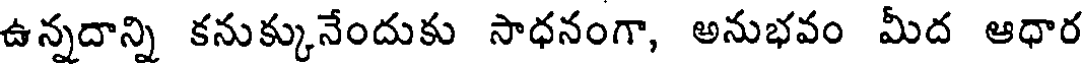
ఉన్నదాన్ని కనుక్కునేందుకు సాధనంగా, అనుభవం మీద ఆధార